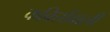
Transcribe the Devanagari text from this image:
कवित्तोंवाली